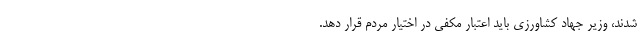
شدند، وزیر جهاد کشاورزی باید اعتبار مکفی در اختیار مردم قرار دهد.